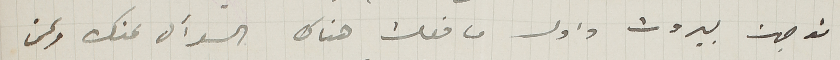
توجهت لبيروت واول ما فعلت هناك السؤال عنك وعن